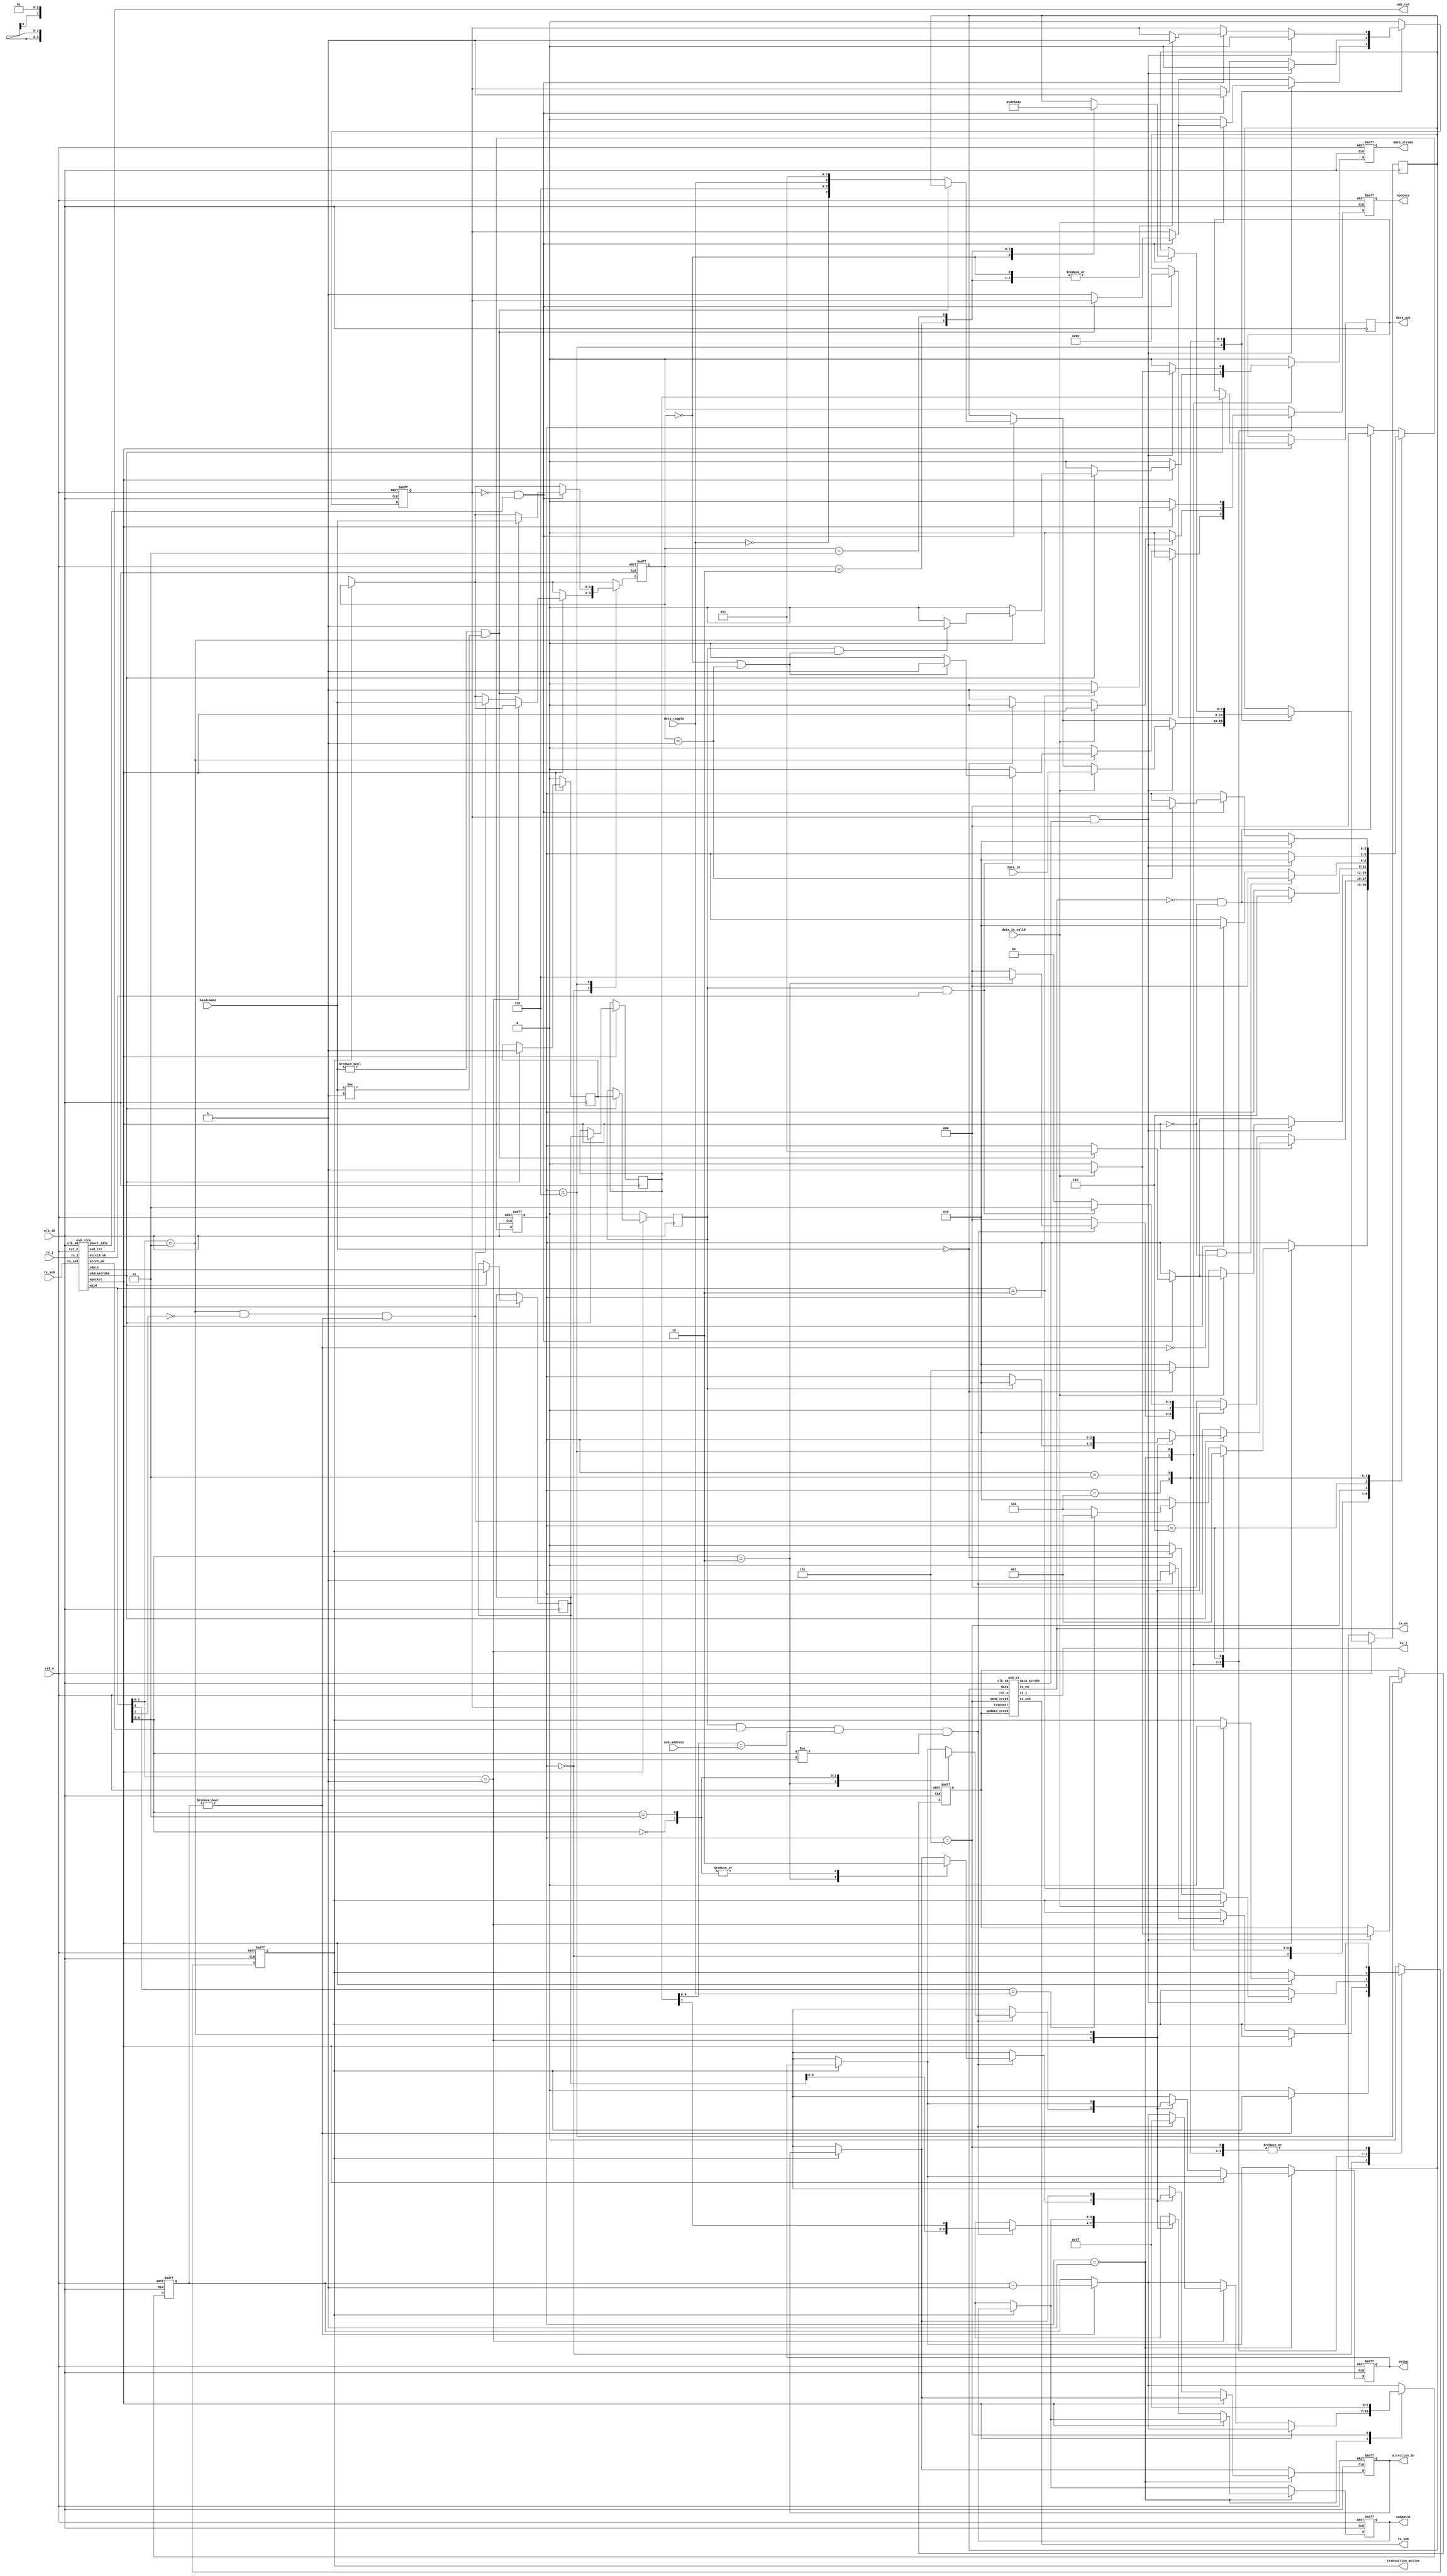
/*

Taken from: https://github.com/avakar/usbcorev
	
No-notice MIT License

Permission is hereby granted, free of charge, to any person obtaining a copy
of this software and associated documentation files (the "Software"), to deal
in the Software without restriction, including without limitation the rights
to use, copy, modify, merge, publish, distribute, sublicense, and/or sell
copies of the Software, and to permit persons to whom the Software is
furnished to do so.

THE SOFTWARE IS PROVIDED "AS IS", WITHOUT WARRANTY OF ANY KIND, EXPRESS OR
IMPLIED, INCLUDING BUT NOT LIMITED TO THE WARRANTIES OF MERCHANTABILITY,
FITNESS FOR A PARTICULAR PURPOSE AND NONINFRINGEMENT. IN NO EVENT SHALL THE
AUTHORS OR COPYRIGHT HOLDERS BE LIABLE FOR ANY CLAIM, DAMAGES OR OTHER
LIABILITY, WHETHER IN AN ACTION OF CONTRACT, TORT OR OTHERWISE, ARISING FROM,
OUT OF OR IN CONNECTION WITH THE SOFTWARE OR THE USE OR OTHER DEALINGS IN
THE SOFTWARE.

*/

module usb(
    input rst_n,
    input clk_48,

    input rx_j,
    input rx_se0,

    output tx_en,
    output tx_j,
    output tx_se0,

    input[6:0] usb_address,

    output usb_rst,

    output reg transaction_active,
    output reg[3:0] endpoint,
    output reg direction_in,
    output reg setup,
    input data_toggle,

    input[1:0] handshake,
    
    output reg[7:0] data_out,
    input[7:0] data_in,
    input data_in_valid,
    output reg data_strobe,
    output reg success
    );

localparam
    hs_ack = 2'b00,
    hs_none = 2'b01,
    hs_nak = 2'b10,
    hs_stall = 2'b11;

wire[3:0] recv_pid;
wire[7:0] recv_data;
wire recv_packet;
wire recv_datastrobe;
wire recv_crc5_ok;
wire recv_crc16_ok;
wire recv_short_idle;

usb_recv recv(
    .rst_n(rst_n),
    .clk_48(clk_48),

    .rx_j(rx_j),
    .rx_se0(rx_se0),

    .short_idle(recv_short_idle),
    .usb_rst(usb_rst),

    .xpid(recv_pid),
    .xdata(recv_data),
    .xpacket(recv_packet),
    .xdatastrobe(recv_datastrobe),
    .xcrc5_ok(recv_crc5_ok),
    .xcrc16_ok(recv_crc16_ok)
    );

reg tx_transmit;
reg[7:0] tx_data;
wire tx_data_strobe;

reg tx_enable_crc16;
wire tx_send_crc16;
usb_tx tx(
    .rst_n(rst_n),
    .clk_48(clk_48),

    .tx_en(tx_en),
    .tx_j(tx_j),
    .tx_se0(tx_se0),

    .transmit(tx_transmit),
    .data(tx_data),
    .data_strobe(tx_data_strobe),
    
    .update_crc16(tx_enable_crc16),
    .send_crc16(tx_send_crc16)
    );

reg[7:0] recv_queue_0;
reg[7:0] recv_queue_1;
reg recv_queue_0_valid;
reg recv_queue_1_valid;

always @(posedge clk_48) begin
    if (!recv_packet) begin
        recv_queue_1_valid <= 1'b0;
        recv_queue_0_valid <= 1'b0;
    end else if (recv_datastrobe) begin
        data_out <= recv_queue_1;
        recv_queue_1 <= recv_queue_0;
        recv_queue_0 <= recv_data;
        recv_queue_1_valid <= recv_queue_0_valid;
        recv_queue_0_valid <= 1'b1;
    end
end

localparam
    st_idle = 3'b000,
    st_data = 3'b001,
    st_err = 3'b010,
    st_send_handshake = 3'b011,
    st_in = 3'b100,
    st_prep_recv_ack = 3'b101,
    st_recv_ack = 3'b110,
    st_send_ack = 3'b111;

reg[2:0] state;

assign tx_send_crc16 = state == st_prep_recv_ack;

localparam
    pt_special   = 2'b00,
    pt_token     = 2'b01,
    pt_handshake = 2'b10,
    pt_data      = 2'b11;

localparam
    tok_out   = 2'b00,
    tok_sof   = 2'b01,
    tok_in    = 2'b10,
    tok_setup = 2'b11;

// Note that the token is perishable. The standard prescribes at most
// 7.5 bits of inter-packet idle time. We allow at most 31 bits between
// token activation and receiving the corresponding DATA packet.
reg[6:0] token_timeout;
wire token_active = token_timeout != 1'b0;

reg[1:0] handshake_latch;

always @(posedge clk_48 or negedge rst_n) begin
    if (!rst_n) begin
        success <= 1'b0;
        state <= st_idle;
        data_strobe <= 1'b0;
        endpoint <= 1'sbx;
        direction_in <= 1'bx;
        setup <= 1'bx;
        transaction_active <= 1'b0;
        token_timeout <= 1'b0;
        tx_transmit <= 1'b0;
        
        tx_enable_crc16 <= 1'b0;
        handshake_latch <= 2'bxx;
    end else begin
        if (token_timeout != 1'b0)
            token_timeout <= token_timeout - 1'b1;

        if (!transaction_active) begin
            endpoint <= 1'sbx;
            direction_in <= 1'bx;
            setup <= 1'bx;
            handshake_latch <= 2'bxx;
        end

        success <= 1'b0;
        data_strobe <= 1'b0;
        tx_transmit <= 1'b0;
        case (state)
            st_idle: begin
                if (!token_active)
                    transaction_active <= 1'b0;

                if (recv_packet) begin
                    if (recv_pid[1:0] == pt_token) begin
                        state <= st_data;
                    end else begin
                        if (recv_pid[1:0] == pt_data && !recv_pid[2] && token_active) begin
                            handshake_latch <= handshake;
                            state <= recv_pid[3] == data_toggle? st_data: st_send_ack;
                        end else begin
                            state <= st_err;
                        end
                    end
                end
            end
            st_data: begin
                if (!recv_packet) begin
                    state <= st_idle;
                    case (recv_pid[1:0])
                        pt_token: begin
                            if (recv_queue_1_valid && recv_crc5_ok && recv_queue_1[6:0] == usb_address && recv_pid[3:2] != tok_sof) begin
                                token_timeout <= 7'h7f;
                                transaction_active <= 1'b1;
                                endpoint <= { recv_queue_0[2:0], recv_queue_1[7] };
                                case (recv_pid[3:2])
                                    tok_in: begin
                                        direction_in <= 1'b1;
                                        setup <= 1'bx;
                                        state <= st_in;
                                    end
                                    tok_out: begin
                                        direction_in <= 1'b0;
                                        setup <= 1'b0;
                                    end
                                    tok_setup: begin
                                        direction_in <= 1'b0;
                                        setup <= 1'b1;
                                    end
                                endcase
                            end else begin
                                transaction_active <= 1'b0;
                                endpoint <= 1'sbx;
                                direction_in <= 1'bx;
                                setup <= 1'bx;
                            end
                        end
                        pt_data: begin
                            if (recv_queue_1_valid && recv_crc16_ok) begin
                                if (handshake_latch == hs_ack || handshake_latch == hs_none)
                                    success <= 1'b1;
                                state <= st_send_handshake;
                            end
                        end
                        default: begin
                            endpoint <= 1'sbx;
                            direction_in <= 1'bx;
                            setup <= 1'bx;
                        end
                    endcase
                end else if (recv_datastrobe) begin
                    case (recv_pid[1:0])
                        pt_token: begin
                            if (recv_queue_1_valid)
                                state <= st_err;
                        end
                        pt_data: begin
                            if (recv_queue_1_valid && (handshake_latch == hs_ack || handshake_latch == hs_none))
                                data_strobe <= 1'b1;
                        end
                        default: begin
                            state <= st_err;
                        end
                    endcase
                end
            end
            st_in: begin
                tx_transmit <= tx_transmit;

                if (!tx_transmit && recv_short_idle) begin
                    if (handshake != hs_ack && handshake != hs_none) begin
                        handshake_latch <= handshake;
                        state <= st_send_handshake;
                    end else begin
                        tx_data <= { !data_toggle, 3'b100, data_toggle, 3'b011 };
                        tx_transmit <= 1'b1;
                    end
                end
                
                if (tx_transmit && tx_data_strobe) begin
                    if (!data_in_valid) begin
                        if (handshake == hs_ack) begin
                            state <= st_prep_recv_ack;
                        end else begin
                            state <= st_err;
                            success <= 1'b1;
                            transaction_active <= 1'b0;
                        end
                        tx_enable_crc16 <= 1'b0;
                        tx_transmit <= 1'b0;
                    end else begin
                        tx_data <= data_in;
                        data_strobe <= 1'b1;
                        tx_enable_crc16 <= 1'b1;
                    end
                end
            end
            st_prep_recv_ack: begin
                token_timeout <= 7'h7f;
                if (!tx_en && !recv_packet)
                    state <= st_recv_ack;
            end
            st_recv_ack: begin
                if (recv_packet) begin
                    state <= st_err;
                    if (recv_pid == 4'b0010) begin
                        success <= 1'b1;
                        transaction_active <= 1'b0;
                    end
                end
                if (!token_active && !recv_packet)
                    state <= st_idle;
            end
            st_send_ack: begin
                tx_transmit <= tx_transmit;

                if (!tx_transmit && recv_short_idle) begin
                    tx_data <= 8'b11010010; // ACK
                    tx_transmit <= 1'b1;
                    
                end
                
                if (tx_transmit && tx_data_strobe) begin
                    tx_transmit <= 1'b0;
                    state <= st_err;
                end
            end
            st_send_handshake: begin
                tx_transmit <= tx_transmit;

                if (!tx_transmit && recv_short_idle) begin
                    case (handshake_latch)
                        hs_none: begin
                            state <= st_idle;
                        end
                        hs_ack: begin
                            tx_data <= 8'b11010010;
                            tx_transmit <= 1'b1;
                        end
                        hs_nak: begin
                            tx_data <= 8'b01011010;
                            tx_transmit <= 1'b1;
                        end
                        hs_stall: begin
                            tx_data <= 8'b00011110;
                            tx_transmit <= 1'b1;
                        end
                    endcase
                end
                
                if (tx_transmit && tx_data_strobe) begin
                    tx_transmit <= 1'b0;
                    state <= st_err;
                end
            end
            default: begin
                transaction_active <= 1'b0;
                if (!tx_en && !recv_packet)
                    state <= st_idle;
            end
        endcase
    end
end

endmodule
module usb_ep(
    input clk,

    input direction_in,
    input setup,
    input success,
    input[6:0] cnt,

    output reg toggle,
    output bank_usb,
    output reg[1:0] handshake,
    output bank_in,
    output bank_out,
    output in_data_valid,

    input ctrl_dir_in,
    output reg[15:0] ctrl_rd_data,
    input[15:0] ctrl_wr_data,
    input[1:0] ctrl_wr_en
    );

localparam
    hs_ack = 2'b00,
    hs_none = 2'b01,
    hs_nak = 2'b10,
    hs_stall = 2'b11;

reg ep_setup;
reg ep_out_full;
reg ep_out_empty;
reg ep_in_full;
reg ep_out_stall;
reg ep_in_stall;
reg ep_out_toggle;
reg ep_in_toggle;
reg[6:0] ep_in_cnt;
reg[6:0] ep_out_cnt;

assign in_data_valid = (cnt != ep_in_cnt);
assign bank_usb = 1'b0;
assign bank_in = 1'b0;
assign bank_out = 1'b0;

always @(*) begin
    if (!direction_in && setup)
        toggle = 1'b0;
    else if (ep_setup)
        toggle = 1'b1;
    else if (direction_in)
        toggle = ep_in_toggle;
    else
        toggle = ep_out_toggle;
end

always @(*) begin
    if (direction_in) begin
        if (!ep_in_stall && !ep_setup && ep_in_full) begin
            handshake = hs_ack;
        end else if (!ep_setup && ep_in_stall) begin
            handshake = hs_stall;
        end else begin
            handshake = hs_nak;
        end
    end else begin
        if (setup || (!ep_out_stall && !ep_setup && ep_out_full)) begin
            handshake = hs_ack;
        end else if (!ep_setup && ep_out_stall) begin
            handshake = hs_stall;
        end else begin
            handshake = hs_nak;
        end
    end
end

always @(*) begin
    if (ctrl_dir_in) begin
        ctrl_rd_data[15:8] = ep_in_cnt;
        ctrl_rd_data[7:0] = { ep_in_toggle, ep_in_stall, 1'b0, !ep_in_full, ep_in_full };
    end else begin
        ctrl_rd_data[15:8] = ep_out_cnt;
        ctrl_rd_data[7:0] = { ep_out_toggle, ep_out_stall, ep_setup, ep_out_empty, ep_out_full };
    end
end

wire flush = ctrl_wr_data[5] || ctrl_wr_data[4] || ctrl_wr_data[3];

always @(posedge clk) begin
    if (success) begin
        if (direction_in) begin
            ep_in_full <= 1'b0;
            ep_in_toggle <= !ep_in_toggle;
        end else begin
            if (setup)
                ep_setup <= 1'b1;

            ep_out_toggle <= !ep_out_toggle;
            ep_out_empty <= 1'b0;
            ep_out_full <= 1'b0;
            ep_out_cnt <= cnt;
        end
    end

    if (ctrl_wr_en[1] && ctrl_dir_in) begin
        ep_in_cnt <= ctrl_wr_data[14:8];
    end

    if (ctrl_wr_en[0] && ctrl_dir_in) begin
        if (ctrl_wr_data[5]) begin
            ep_in_toggle <= 1'b0;
            ep_in_stall <= 1'b0;
        end
        if (ctrl_wr_data[4]) begin
            ep_in_toggle <= 1'b1;
            ep_in_stall <= 1'b0;
        end
        if (ctrl_wr_data[3])
            ep_in_stall <= 1'b1;

        if (flush)
            ep_in_full <= 1'b0;

        if (ctrl_wr_data[0])
            ep_in_full <= 1'b1;
    end

    if (ctrl_wr_en[0] && !ctrl_dir_in) begin
        if (ctrl_wr_data[5]) begin
            ep_out_toggle <= 1'b0;
            ep_out_stall <= 1'b0;
        end
        if (ctrl_wr_data[4]) begin
            ep_out_toggle <= 1'b1;
            ep_out_stall <= 1'b0;
        end
        if (ctrl_wr_data[3])
            ep_out_stall <= 1'b1;

        if (flush) begin
            ep_out_full <= 1'b0;
            ep_out_empty <= 1'b1;
        end

        if (ctrl_wr_data[2])
            ep_setup <= 1'b0;
        if (ctrl_wr_data[1])
            ep_out_empty <= 1'b1;
        if (ctrl_wr_data[0])
            ep_out_full <= 1'b1;
    end
end

endmodule
module usb_ep_banked(
    input clk,

    input direction_in,
    input setup,
    input success,
    input[6:0] cnt,

    output reg toggle,
    output bank_usb,
    output reg[1:0] handshake,
    output bank_in,
    output bank_out,
    output in_data_valid,

    input ctrl_dir_in,
    output reg[15:0] ctrl_rd_data,
    input[15:0] ctrl_wr_data,
    input[1:0] ctrl_wr_en
    );

localparam
    hs_ack = 2'b00,
    hs_none = 2'b01,
    hs_nak = 2'b10,
    hs_stall = 2'b11;

reg ep_setup;
reg ep_out_full;
reg ep_out_empty;
reg ep_in_empty;
reg ep_out_stall;
reg ep_in_stall;
reg ep_out_toggle;
reg ep_in_toggle;
reg ep_in_bank;
reg[6:0] ep_in_cnt_0;
reg[6:0] ep_in_cnt_1;
reg[6:0] ep_out_cnt;

assign in_data_valid = (cnt != (ep_in_toggle? ep_in_cnt_1: ep_in_cnt_0));
assign bank_usb = direction_in? ep_in_toggle: 1'b0;
assign bank_in = ep_in_bank;
assign bank_out = 1'b0;

always @(*) begin
    if (!direction_in && setup)
        toggle = 1'b0;
    else if (ep_setup)
        toggle = 1'b1;
    else if (direction_in)
        toggle = ep_in_toggle;
    else
        toggle = ep_out_toggle;
end

always @(*) begin
    if (direction_in) begin
        if (!ep_in_stall && !ep_setup && !ep_in_empty) begin
            handshake = hs_ack;
        end else if (!ep_setup && ep_in_stall) begin
            handshake = hs_stall;
        end else begin
            handshake = hs_nak;
        end
    end else begin
        if (setup || (!ep_out_stall && !ep_setup && ep_out_full)) begin
            handshake = hs_ack;
        end else if (!ep_setup && ep_out_stall) begin
            handshake = hs_stall;
        end else begin
            handshake = hs_nak;
        end
    end
end

always @(*) begin
    if (ctrl_dir_in) begin
        ctrl_rd_data[15:8] = ep_in_bank? ep_in_cnt_1: ep_in_cnt_0;
        ctrl_rd_data[7:0] = { ep_in_bank, ep_in_toggle, ep_in_stall, 1'b0, ep_in_empty, !ep_in_empty && ep_in_toggle == ep_in_bank };
    end else begin
        ctrl_rd_data[15:8] = ep_out_cnt;
        ctrl_rd_data[7:0] = { ep_out_toggle, ep_out_stall, ep_setup, ep_out_empty, ep_out_full };
    end
end

wire flush = ctrl_wr_data[5] || ctrl_wr_data[4] || ctrl_wr_data[3];

always @(posedge clk) begin
    if (success) begin
        if (direction_in) begin
            if (ep_in_toggle != ep_in_bank)
                ep_in_empty <= 1'b1;
            ep_in_toggle = !ep_in_toggle;
        end else begin
            if (setup)
                ep_setup <= 1'b1;

            ep_out_toggle = !ep_out_toggle;
            ep_out_empty <= 1'b0;
            ep_out_cnt <= cnt;
        end
    end

    if (ctrl_wr_en[1] && ctrl_dir_in) begin
        if (ep_in_bank)
            ep_in_cnt_1 <= ctrl_wr_data[14:8];
        else
            ep_in_cnt_0 <= ctrl_wr_data[14:8];
    end

    if (ctrl_wr_en[0] && ctrl_dir_in) begin
        if (ctrl_wr_data[5]) begin
            ep_in_toggle = 1'b0;
            ep_in_stall <= 1'b0;
            ep_in_bank <= 1'b0;
        end
        if (ctrl_wr_data[4]) begin
            ep_in_toggle = 1'b1;
            ep_in_stall <= 1'b0;
            ep_in_bank <= 1'b1;
        end
        if (ctrl_wr_data[3]) begin
            ep_in_stall <= 1'b1;
            ep_in_bank <= ep_in_toggle;
        end

        if (flush) begin
            ep_in_empty <= 1'b1;
        end

        if (ctrl_wr_data[0]) begin
            ep_in_empty <= 1'b0;
            ep_in_bank <= !ep_in_bank;
        end
    end

    if (ctrl_wr_en[0] && !ctrl_dir_in) begin
        if (ctrl_wr_data[5]) begin
            ep_out_toggle = 1'b0;
            ep_out_stall <= 1'b0;
        end
        if (ctrl_wr_data[4]) begin
            ep_out_toggle = 1'b1;
            ep_out_stall <= 1'b0;
        end
        if (ctrl_wr_data[3])
            ep_out_stall <= 1'b1;

        if (flush) begin
            ep_out_full <= 1'b0;
            ep_out_empty <= 1'b1;
        end

        if (ctrl_wr_data[2])
            ep_setup <= 1'b0;
        if (ctrl_wr_data[1]) begin
            ep_out_empty <= 1'b1;
            ep_out_full <= 1'b0;
        end
        if (ctrl_wr_data[0])
            ep_out_full <= 1'b1;
    end
end

endmodule
module usb_recv_sm(
    input rst_n,
    input clk,
    input strobe,
    input din,
    input sync,
    input se0,
    
    output reg[3:0] xpid,
    output reg[7:0] xdata,
    output xpacket,
    output reg xdatastrobe,
    output reg xcrc5_ok,
    output reg xcrc16_ok
    );

reg clear_shift;
reg[7:0] shift_reg;
reg[8:0] next_shift;

always @(*) begin
    if (clear_shift)
        next_shift = { 7'b1, din };
    else
        next_shift = { shift_reg[7:0], din };
end

always @(posedge clk) begin
    if (strobe) begin
        shift_reg <= next_shift[7:0];
    end
end

localparam
    st_idle = 2'b00,
    st_done = 2'b10,
    st_pid = 2'b01,
    st_data = 2'b11;

reg[1:0] state;

wire crc5_valid;
usb_crc5 crc5(
    .rst_n(rst_n && xpacket),
    .clk(clk),
    .clken(strobe),
    .d(din),
    .valid(crc5_valid)
    );

wire crc16_valid;
usb_crc16 crc16(
    .rst_n(rst_n && xpacket),
    .clk(clk),
    .clken(strobe),
    .d(din),
    .dump(1'b0),
    .out(),
    .valid(crc16_valid)
    );

assign xpacket = (state == st_data);

always @(posedge clk or negedge rst_n) begin
    if (!rst_n) begin
        state <= st_idle;
        clear_shift <= 1'bx;

        xpid <= 1'sbx;
        xdata <= 1'sbx;
        xdatastrobe <= 1'b0;
        xcrc5_ok <= 1'b0;
        xcrc16_ok <= 1'b0;
    end else if (strobe) begin
        clear_shift <= 1'bx;
        xdatastrobe <= 1'b0;

        case (state)
            st_idle: begin
                if (sync && !se0) begin
                    state <= st_pid;
                    clear_shift <= 1'b1;
                end
            end
            st_pid: begin
                if (se0) begin
                    state <= st_idle;
                end else begin
                    if (next_shift[8]) begin
                        if (next_shift[7:4] == ~next_shift[3:0]) begin
                            clear_shift <= 1'b1;
                            xpid <= { next_shift[4], next_shift[5], next_shift[6], next_shift[7] };
                            state <= st_data;
                            xcrc5_ok <= 1'b0;
                            xcrc16_ok <= 1'b0;
                        end else begin
                            state <= st_done;
                        end
                    end else begin
                        clear_shift <= 1'b0;
                    end
                end
            end
            st_data: begin
                if (se0) begin
                    state <= st_idle;
                end else begin
                    clear_shift <= 1'b0;
                    if (next_shift[8]) begin
                        clear_shift <= 1'b1;
                        xdata <= {
                            next_shift[0], next_shift[1], next_shift[2], next_shift[3],
                            next_shift[4], next_shift[5], next_shift[6], next_shift[7] };
                        xdatastrobe <= 1'b1;
                        xcrc5_ok <= crc5_valid;
                        xcrc16_ok <= crc16_valid;
                    end
                end
            end
            default: begin
                if (se0)
                    state <= st_idle;
            end
        endcase
    end
end

endmodule

module usb_recv(
    input rst_n,
    input clk_48,

    input rx_j,
    input rx_se0,

    output short_idle,
    output usb_rst,

    output[3:0] xpid,
    output[7:0] xdata,
    output xpacket,
    output xdatastrobe,
    output xcrc5_ok,
    output xcrc16_ok
    );

wire j;
multisample3 d_filter(
    .clk(clk_48),
    .in(rx_j),
    .out(j));

wire se0;
multisample5 se0_filter(
    .clk(clk_48),
    .in(rx_se0),
    .out(se0));

reg[2:0] short_idle_counter;
assign short_idle = short_idle_counter == 1'b0;
always @(posedge clk_48) begin
    if (se0 || !j || xpacket)
        short_idle_counter <= 3'b111;
    else if (short_idle_counter != 1'b0)
        short_idle_counter <= short_idle_counter - 1'b1;
end

wire nrzi_strobe;
usb_clk_recovery clk_rcvr(
    .rst_n(rst_n),
    .clk(clk_48),
    .i(j),
    .strobe(nrzi_strobe)
    );

wire d;
nrzi_decode nrzi_decoder(
    .clk(clk_48),
    .clken(nrzi_strobe),
    .i(j),
    .o(d));

wire strobe;
usb_bit_destuff destuffer(
    .rst_n(rst_n),
    .clk(clk_48),
    .clken(nrzi_strobe),
    .d(d),
    .strobe(strobe)
    );

usb_reset_detect reset_detect(
    .rst_n(rst_n),
    .clk(clk_48),
    .se0(se0),
    .usb_rst(usb_rst));

wire sync_seq;
usb_sync_detect sync_detect(
    .rst_n(rst_n),
    .clk(clk_48),
    .clken(nrzi_strobe),
    .j(j),
    .se0(se0),
    .sync(sync_seq));

wire strobed_xdatastrobe;
assign xdatastrobe = strobed_xdatastrobe && strobe;

usb_recv_sm sm(
    .rst_n(rst_n),
    .clk(clk_48),
    .strobe(strobe),
    .din(d),
    .sync(sync_seq),
    .se0(se0),
    
    .xpid(xpid),
    .xdata(xdata),
    .xpacket(xpacket),
    .xdatastrobe(strobed_xdatastrobe),
    .xcrc5_ok(xcrc5_ok),
    .xcrc16_ok(xcrc16_ok)
    );

endmodule
module usb_tx(
    input rst_n,
    input clk_48,

    output tx_en,
    output tx_j,
    output tx_se0,
    
    input transmit,
    input[7:0] data,
    input update_crc16,
    input send_crc16,
    output data_strobe
    );

reg[1:0] tx_clock;
wire bit_strobe = tx_clock == 2'b00;
always @(posedge clk_48 or negedge rst_n) begin
    if (!rst_n) begin
        tx_clock <= 2'b00;
    end else begin
        tx_clock <= tx_clock + 1'b1;
    end
end

wire bit_stuff;
wire tx_strobe = bit_strobe && !bit_stuff;

reg[2:0] state;
localparam
    st_idle = 3'b000,
    st_sync = 3'b101,
    st_run  = 3'b001,
    st_eop1 = 3'b010,
    st_eop2 = 3'b011,
    st_eop3 = 3'b100,
    st_crc1 = 3'b110,
    st_crc2 = 3'b111;

assign tx_en = (state != st_idle);

reg[8:0] tx_data;
reg crc_enabled;

wire dump_crc = state == st_crc1 || state == st_crc2;
wire crc_out;
wire d = dump_crc? !crc_out: tx_data[0];
wire se0 = !bit_stuff && (state == st_eop1 || state == st_eop2);

wire tx_data_empty = (tx_data[8:2] == 1'b0);
assign data_strobe = transmit && tx_data_empty && tx_strobe;

always @(posedge clk_48 or negedge rst_n) begin
    if (!rst_n) begin
        state <= st_idle;
    end else if (tx_strobe) begin
        case (state)
            st_idle: begin
                if (transmit)
                    state <= st_run;
            end
            st_sync: begin
                if (tx_data_empty)
                    state <= st_run;
            end
            st_run: begin
                if (tx_data_empty && !transmit) begin
                    if (send_crc16)
                        state <= st_crc1;
                    else
                        state <= st_eop1;
                end
            end
            st_crc1: begin
                if (tx_data_empty)
                    state <= st_crc2;
            end
            st_crc2: begin
                if (tx_data_empty)
                    state <= st_eop1;
            end
            st_eop1: begin
                state <= st_eop2;
            end
            st_eop2: begin
                state <= st_eop3;
            end
            st_eop3: begin
                state <= st_idle;
            end
        endcase
    end
end
    
always @(posedge clk_48) begin
    if (tx_strobe) begin
        if (!tx_en) begin
            tx_data <= 9'b110000000; // starting with J, go through KJKJKJKK
            crc_enabled <= 1'b0;
        end else if (tx_data_empty) begin
            tx_data <= { 1'b1, data };
            crc_enabled <= update_crc16;
        end else begin
            tx_data <= { 1'b0, tx_data[8:1] };
        end
    end
end

reg[2:0] bit_stuff_counter;
assign bit_stuff = bit_stuff_counter == 3'd6;
always @(posedge clk_48 or negedge rst_n) begin
    if (!rst_n) begin
        bit_stuff_counter <= 1'b0;
    end else if (bit_strobe) begin
        if (state == st_idle || !d || bit_stuff || se0)
            bit_stuff_counter <= 1'b0;
        else
            bit_stuff_counter <= bit_stuff_counter + 1'b1;
    end
end

reg last_j;
wire j = state == st_idle || state == st_eop3? 1'b1: ((bit_stuff || !d)? !last_j: last_j);
always @(posedge clk_48) begin
    if (bit_strobe)
        last_j <= tx_en? j: 1'b1;
end

assign tx_j = j;
assign tx_se0 = se0;

usb_crc16 tx_crc(
    .rst_n(rst_n && state != st_idle),
    .clk(clk_48),
    .clken(tx_strobe && (dump_crc || crc_enabled)),
    .d(d),
    .dump(dump_crc),
    .out(crc_out),
    .valid()
    );

endmodule
module usb_crc5(
    input rst_n,
    input clk,
    input clken,
    input d,
    output valid
    );

reg[4:0] r;
reg[4:0] next;

wire top = r[4];
assign valid = (next == 5'b01100);

always @(*) begin
    if (top == d)
        next = { r[3], r[2], r[1], r[0], 1'b0 };
    else
        next = { r[3], r[2], !r[1], r[0], 1'b1 };
end

always @(posedge clk or negedge rst_n) begin
    if (!rst_n) begin
        r <= 5'b11111;
    end else if (clken) begin
        r <= next;
    end
end

endmodule

//---------------------------------------------------------------------
module usb_crc16(
    input rst_n,
    input clk,
    input clken,
    input d,
    
    input dump,
    output out,
    output valid
    );

reg[15:0] r;
reg[15:0] next;

assign out = r[15];
assign valid = (next == 16'b1000000000001101);

always @(*) begin
    if (dump || out == d)
        next = { r[14:0], 1'b0 };
    else
        next = { !r[14], r[13:2], !r[1], r[0], 1'b1 };
end

always @(posedge clk or negedge rst_n) begin
    if (!rst_n) begin
        r <= 16'hffff;
    end else if (clken) begin
        r <= next;
    end
end

endmodule

//---------------------------------------------------------------------
module usb_clk_recovery(
    input rst_n,
    input clk,
    input i,
    output strobe
    );

reg[1:0] cntr;
reg prev_i;

assign strobe = cntr == 1'b0;

always @(posedge clk or negedge rst_n) begin
    if (!rst_n) begin
        cntr <= 1'b0;
        prev_i <= 1'b0;
    end else begin
        if (i == prev_i) begin
            cntr <= cntr - 1'b1;
        end else begin
            cntr <= 1'b1;
        end
        prev_i <= i;
    end
end

endmodule

//---------------------------------------------------------------------
module usb_bit_destuff(
    input rst_n,
    input clk,
    input clken,
    input d,
    output strobe);

reg[6:0] data;
assign strobe = clken && (data != 7'b0111111);

always @(posedge clk or negedge rst_n) begin
    if (!rst_n) begin
        data <= 7'b0000000;
    end else if (clken) begin
        data <= { data[5:0], d };
    end
end

endmodule

//---------------------------------------------------------------------
module usb_sync_detect(
    input rst_n,
    input clk,
    input clken,
    input j,
    input se0,
    output sync);

// 3KJ's followed by 2K's
reg[6:0] data;
assign sync = (data == 7'b0101010 && !j && !se0);

always @(posedge clk or negedge rst_n) begin
    if (!rst_n) begin
        data <= 1'd0;
    end else if (clken) begin
        data <= { data[5:0], j || se0 };
    end
end

endmodule

//---------------------------------------------------------------------
module usb_reset_detect(
    input rst_n,
    input clk,
    input se0,
    output usb_rst);

reg[18:0] cntr;
assign usb_rst = cntr == 1'b0;

always @(posedge clk or negedge rst_n) begin
    if (!rst_n) begin
        cntr <= 1'b0;
    end else begin
        if (se0) begin
            if (!usb_rst)
                cntr <= cntr - 1'b1;
        end else begin
            cntr <= 19'd480000;
        end
    end
end

endmodule
module multisample3(
    input clk,
    input in,
    output reg out
    );

reg[2:0] r;

always @(r) begin
    case (r)
        3'b000: out = 1'b0;
        3'b001: out = 1'b0;
        3'b010: out = 1'b0;
        3'b011: out = 1'b1;
        3'b100: out = 1'b0;
        3'b101: out = 1'b1;
        3'b110: out = 1'b1;
        3'b111: out = 1'b1;
    endcase
end

always @(posedge clk) begin
    r <= { r[1:0], in };
end

endmodule

//---------------------------------------------------------------------
module multisample5(
    input clk,
    input in,
    output reg out
    );

reg[4:0] r;

always @(r) begin
    case (r)
        5'b00000: out = 1'b0;
        5'b00001: out = 1'b0;
        5'b00010: out = 1'b0;
        5'b00011: out = 1'b0;
        5'b00100: out = 1'b0;
        5'b00101: out = 1'b0;
        5'b00110: out = 1'b0;
        5'b00111: out = 1'b1;
        5'b01000: out = 1'b0;
        5'b01001: out = 1'b0;
        5'b01010: out = 1'b0;
        5'b01011: out = 1'b1;
        5'b01100: out = 1'b0;
        5'b01101: out = 1'b1;
        5'b01110: out = 1'b1;
        5'b01111: out = 1'b1;
        5'b10000: out = 1'b0;
        5'b10001: out = 1'b0;
        5'b10010: out = 1'b0;
        5'b10011: out = 1'b1;
        5'b10100: out = 1'b0;
        5'b10101: out = 1'b1;
        5'b10110: out = 1'b1;
        5'b10111: out = 1'b1;
        5'b11000: out = 1'b0;
        5'b11001: out = 1'b1;
        5'b11010: out = 1'b1;
        5'b11011: out = 1'b1;
        5'b11100: out = 1'b1;
        5'b11101: out = 1'b1;
        5'b11110: out = 1'b1;
        5'b11111: out = 1'b1;
    endcase
end

always @(posedge clk) begin
    r <= { r[3:0], in };
end

endmodule

//---------------------------------------------------------------------
module nrzi_decode(
    input clk,
    input clken,
    input i,
    output o
    );

reg prev_i;
assign o = (prev_i == i);

always @(posedge clk) begin
    if (clken) begin
        prev_i <= i;
    end
end

endmodule